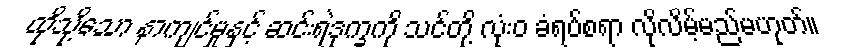
ထိုသို့သော နာကျင်မှုနှင့် ဆင်းရဲဒုက္ခကို သင်တို့ လုံးဝ ခံရပ်စရာ လိုလိမ့်မည်မဟုတ်။